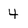
Character: 4